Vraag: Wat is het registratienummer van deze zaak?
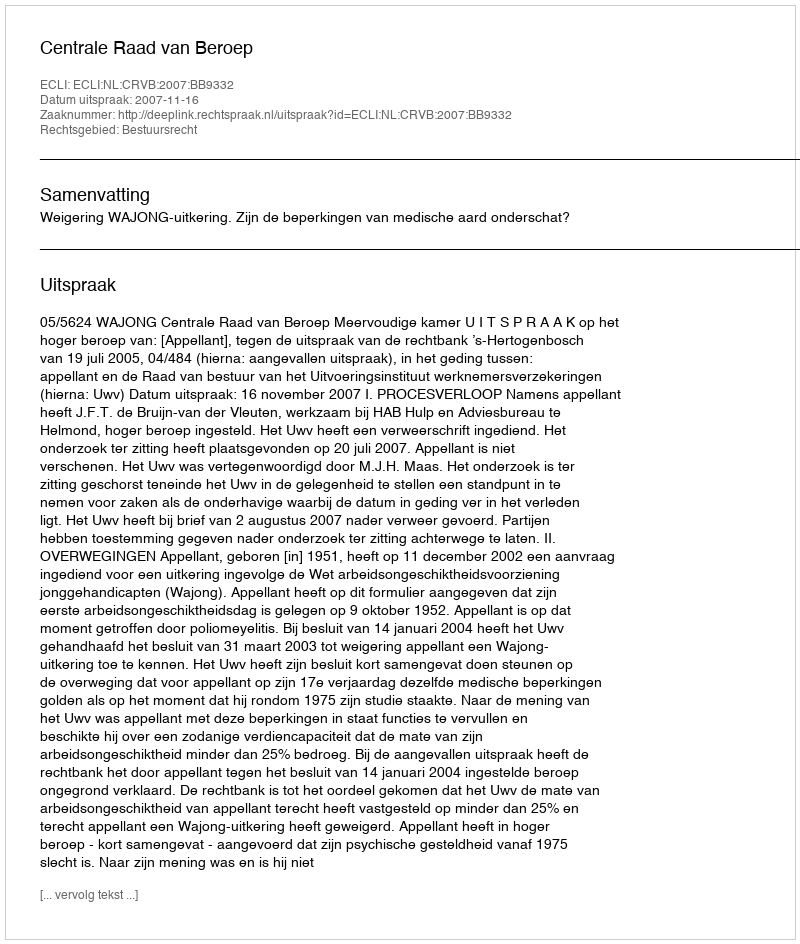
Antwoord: http://deeplink.rechtspraak.nl/uitspraak?id=ECLI:NL:CRVB:2007:BB9332